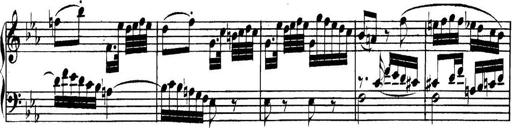
Title: Collected Piano Sonatas
Composer: Muzio Clementi